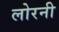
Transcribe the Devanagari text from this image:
लोरनी